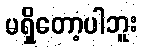
မရှိတော့ပါဘူး